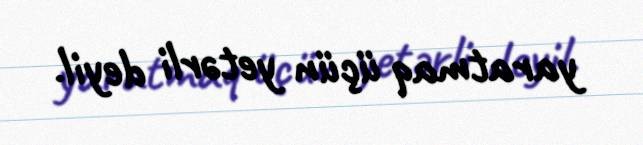
yaratmaq üçün yetərli deyil.